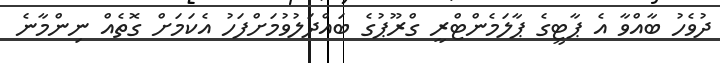
ދުވެހު ބާއްވާ އެ ޕާޓީގެ ޕާލަމެންޓްރީ ގްރޫޕުގެ ބައްދަލުވުމަށްފަހު އެކަމަށް ގޮތެއް ނިންމާނެ